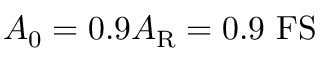
A _ { 0 } = 0 . 9 A _ { \mathrm { R } } = 0 . 9 ~ \mathrm { F S }